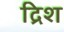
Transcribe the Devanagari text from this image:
द्रिश